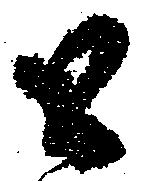
と